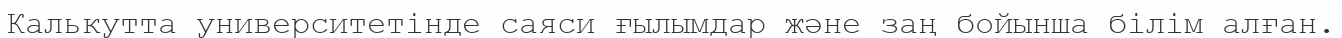
Калькутта университетінде саяси ғылымдар және заң бойынша білім алған.